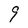
Character: 9